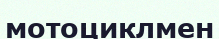
мотоциклмен